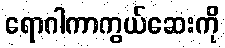
ရောဂါကာကွယ်ဆေးကို